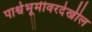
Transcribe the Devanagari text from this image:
पार्श्वभूमीवरदेखील